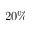
2 0 \%